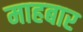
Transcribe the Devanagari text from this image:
माहबार